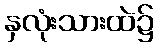
နှလုံးသားထဲ၌